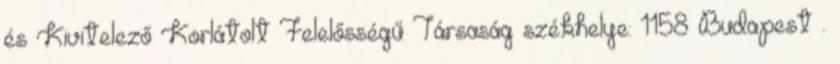
és Kivitelező Korlátolt Felelősségű Társaság székhelye: 1158 Budapest .